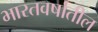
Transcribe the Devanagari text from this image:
भारतवर्षातील